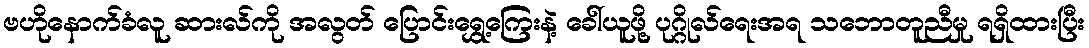
ဗဟိုနောက်ခံလူ ဆားလ်ကို အလွတ် ပြောင်းရွှေ့ကြေးနဲ့ ခေါ်ယူဖို့ ပုဂ္ဂိုလ်ရေးအရ သဘောတူညီမှု ရရှိထားပြီး